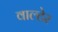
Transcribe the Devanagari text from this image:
वाल्टेर